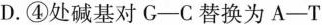
D.④处碱基对G-C替换为A-T